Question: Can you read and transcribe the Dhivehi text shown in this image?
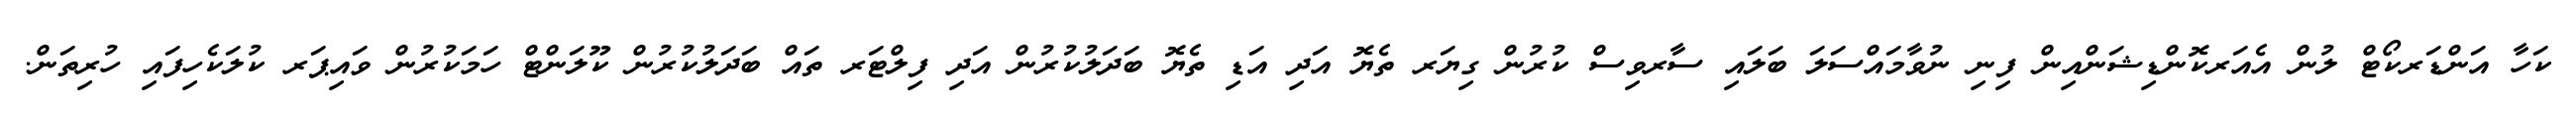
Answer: ކަހާ އަންޑަރކޯޓް ލުން އެއަރކޮންޑިޝަންއިން ފިނި ނުވާމައްސަލަ ބަލައި ސާރވިސް ކުރުން ގިޔަރ ތެޔޮ އަދި އަޑި ތެޔޮ ބަދަލުކުރުން އަދި ފިލްޓަރ ތައް ބަދަލުކުރުން ކޫލަންޓް ހަމަކުރުން ވައިޕަރ ކުލަކެހިފައި ހުރިތަން.